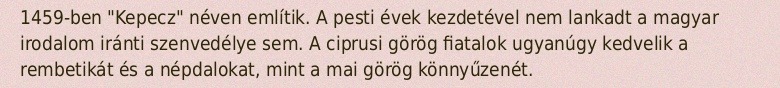
1459-ben "Kepecz" néven említik. A pesti évek kezdetével nem lankadt a magyar irodalom iránti szenvedélye sem. A ciprusi görög fiatalok ugyanúgy kedvelik a rembetikát és a népdalokat, mint a mai görög könnyűzenét.